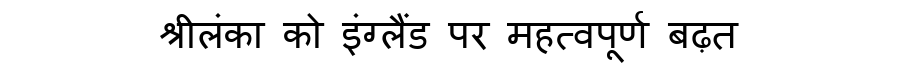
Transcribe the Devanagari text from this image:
श्रीलंका को इंग्लैंड पर महत्वपूर्ण बढ़त